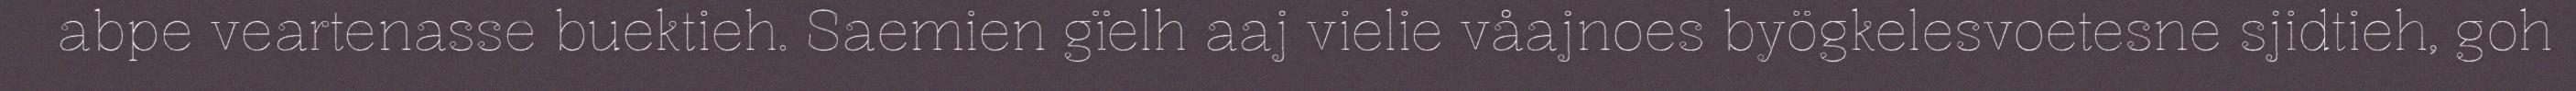
abpe veartenasse buektieh. Saemien gïelh aaj vielie våajnoes byögkelesvoetesne sjidtieh, goh